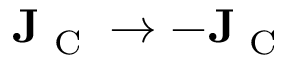
\mathbf { J } _ { \textrm { C } } \rightarrow - \mathbf { J } _ { \textrm { C } }